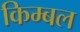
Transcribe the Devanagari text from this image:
किम्बल